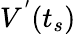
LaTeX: V^{'}(t_{s})